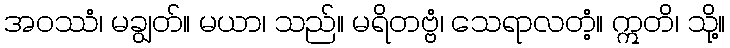
အဝဿံ၊ မချွတ်။ မယာ၊ သည်။ မရိတဗ္ဗံ၊ သေရာလတံ့။ ဣတိ၊ သို့။